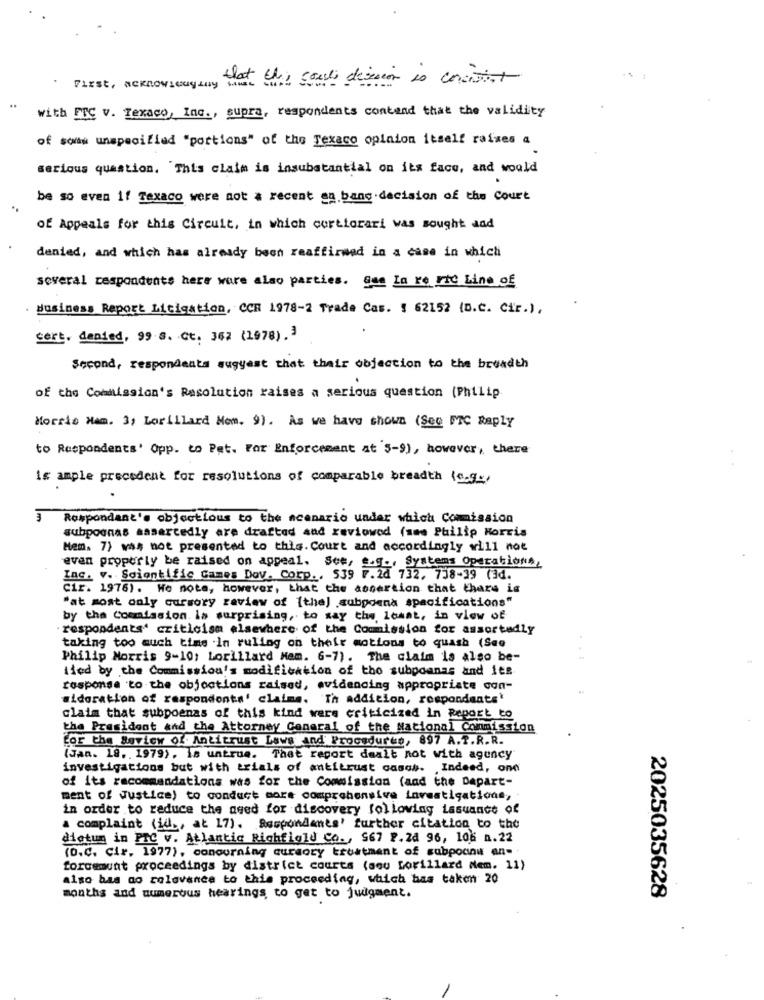
that this could descion is conisist
First, acknowledging .
..
with FTC V. Texaco, Inc ., supra, respondents contend that the validity
of som unspecified "portions" of the Texaco opinion itself raises a
serious question. This claim is insubstantial on its face, and would
be so even if Texaco were not a recent en bang.decision of the Court
of Appeals for this Circuit, in which certiorari was sought and
denied, and which has already been reaffirmed in a case in which
several respondents here ware also parties. gen La re ric Line of
. Business Report Litigation, CCR 1978-2 Trade Cas. $ 62152 (D.C. Cir.),
sert. denied, 99 8. Gt. 362 (1978).3
Second, respondents suggest that their objection to the breadth
of the Commission's Resolution raises a serious question (Philip
Morris Ham. 3, Lorillard Nom. 9). As we have shown (See FTC Reply
to Respondents' Opp. to Pat. For Enforcement at 3-9), however, there
is ample precedent for resolutions of comparable breadth (s.g .,
3 Respondent's objectious to the scenario under which Commission
subpoenas aasercedly are drafted and reviowed (mme Philip Morris
Mem. 7) was not presented to this. Court and accordingly will not
evan properly be raised on appeal. See, S.g ., Systems Operations,
Inc. v. Scientific Games Dov. Corp ., 539 7.20 732, 738-39 (3d.
cir. 1976). We note, however, that the assertion that there is
"at most only cursory review of [the) .subpoena specifications"
by the Commission is surprising, to say the least, in view of
. respondents' criticism elsewhere of the Commission for assortedly
taking too much time in ruling on their motions to quash (See
Philip Morris 9-10: Lorillard Nem. 6-7). The claim is also be-
...
iied by the Commission's modification of the subpoanas and ies
response to the objections raised, evidencing appropriate con-
sidoration of respondonts' claims. Th addition, respondents
claim that subpoenas of this kind were criticized in Report to
the President and the Attorney Conaral of the National Commission
for the Review of. Antitrust Laws and Procedures, 897 A.T.R.R.
(Jan. 18, 1979), is untrue. That report daalt not with agency
investigations but with trials of antitrust casos. , Indeed, ond
of its recommandations was for the Commission (and the Dapart-
ment of Justice) to conduct more comprehensive investigations, -
in order to reduce the aged for discovery following Lasuance of
& complaint (id ., at 17). Respondents' further citation to the
dictum in PIC v. Atlantic Richtigld Co ., 567 F.Za 96, 106 .22
(D.C. Cir, 1977), concurning curaory treatment of subpoanu an-
forcemunt proceedings by district courts (sou Lorillard Nem. 11)
also has no relevance to this proceeding, which has taken 20
months and numerous hearings to get to judgment.
2025035628